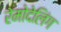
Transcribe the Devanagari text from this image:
रेमोदेलिंग